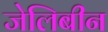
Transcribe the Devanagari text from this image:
जेलिबीन